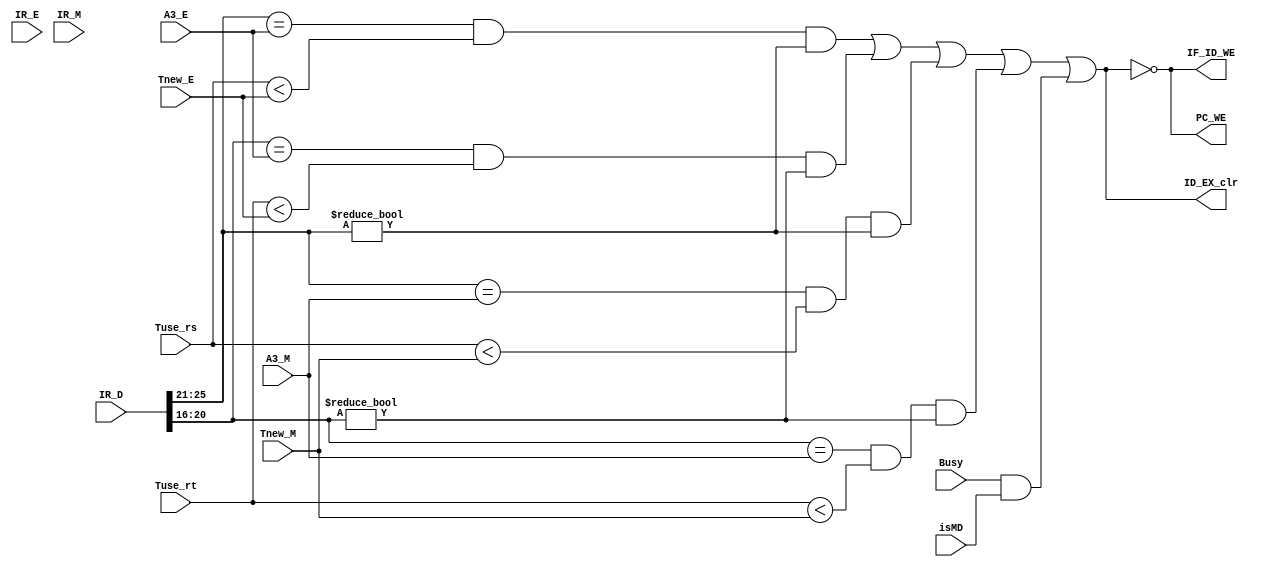
`timescale 1ns / 1ps
`define op 31:26
`define func 5:0
`define rs 25:21
`define rt 20:16
`define rd 15:11
//////////////////////////////////////////////////////////////////////////////////
// Company: 
// Engineer: 
// 
// Design Name: 
// Module Name:    STALL_module 
// Project Name: 
// Target Devices: 
// Tool versions: 
// Description: 
//
// Dependencies: 
//
// Revision: 
// Revision 0.01 - File Created
// Additional Comments: 
//
//////////////////////////////////////////////////////////////////////////////////
module STALL_module(
    input [31:0] IR_D,
    input [31:0] IR_E,
    input [31:0] IR_M,
	 input [1:0] Tuse_rs,
	 input [1:0] Tuse_rt,
	 input [1:0] Tnew_E,
	 input [4:0] A3_E,
	 input [1:0] Tnew_M,
	 input [4:0] A3_M,
	 input isMD,
	 input Busy,
    output PC_WE,
    output IF_ID_WE,
    output ID_EX_clr
    );
	 
	wire stall,stall_1,stall_2,stall_3,stall_4,stall_5;
	assign PC_WE = !stall,
			 IF_ID_WE = !stall,
			 ID_EX_clr = stall;
	
	assign stall_1 = (IR_D[`rs] == A3_E) & (Tuse_rs < Tnew_E) & (IR_D[`rs] != 0),
		    stall_2 = (IR_D[`rt] == A3_E) & (Tuse_rt < Tnew_E) & (IR_D[`rt] != 0),
			 stall_3 = (IR_D[`rs] == A3_M) & (Tuse_rs < Tnew_M) & (IR_D[`rs] != 0),
			 stall_4 = (IR_D[`rt] == A3_M) & (Tuse_rt < Tnew_M) & (IR_D[`rt] != 0),
			 stall_5 = Busy & isMD,
			 stall = stall_1 | stall_2 | stall_3 | stall_4 | stall_5;
	
endmodule